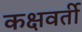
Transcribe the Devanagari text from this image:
कक्षवर्ती